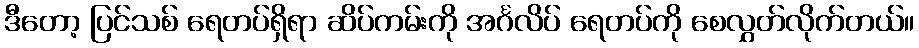
ဒီတော့ ပြင်သစ် ရေတပ်ရှိရာ ဆိပ်ကမ်းကို အင်္ဂလိပ် ရေတပ်ကို စေလွှတ်လိုက်တယ်။